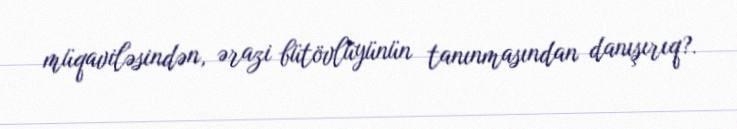
müqaviləsindən, ərazi bütövlüyünün tanınmasından danışırıq?.